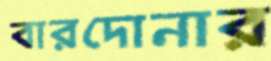
বারদোনার